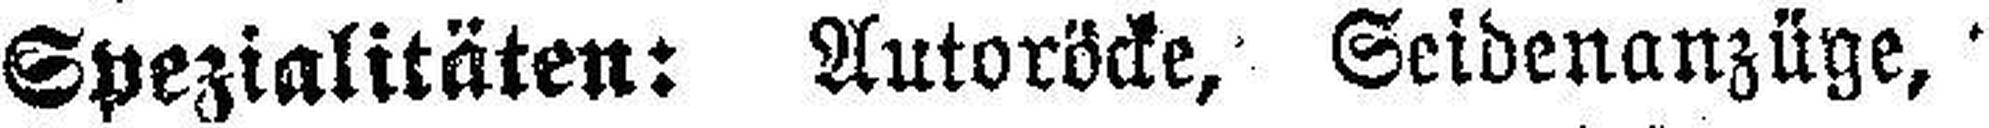
Spezialitäten: Autoröcke, Seidenanzüge,